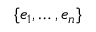
\{ e _ { 1 } , \ldots , e _ { n } \}